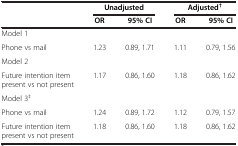
|  | <COLSPAN=2> Unadjusted | <COLSPAN=2> Adjusted† |
 |  | OR | 95% CI | OR | 95% CI |
 | --- | --- | --- | --- | --- |
 | Model 1 |  |  |  |  |
 | Phone vs mail | 1.23 | 0.89, 1.71 | 1.11 | 0.79, 1.56 |
 | Model 2 |  |  |  |  |
 | Future intention item present vs not present | 1.17 | 0.86, 1.60 | 1.18 | 0.86, 1.62 |
 | Model 3‡ |  |  |  |  |
 | Phone vs mail | 1.24 | 0.89, 1.72 | 1.12 | 0.79, 1.57 |
 | Future intention item present vs not present | 1.18 | 0.86, 1.60 | 1.18 | 0.86, 1.62 |